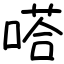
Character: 嗒